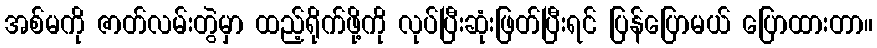
အစ်မကို ဇာတ်လမ်းတွဲမှာ ထည့်ရိုက်ဖို့ကို လုပ်ပြီးဆုံးဖြတ်ပြီးရင် ပြန်ပြောမယ် ပြောထားတာ။